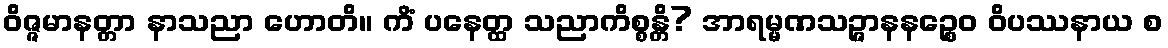
ဝိဇ္ဇမာနတ္တာ နာသညာ ဟောတိ။ ကိံ ပနေတ္ထ သညာကိစ္စန္တိ? အာရမ္မဏသဉ္ဇာနနဉ္စေဝ ဝိပဿနာယ စ